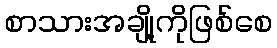
စာသားအချို့ကိုဖြစ်စေ